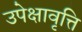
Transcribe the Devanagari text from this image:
उपेक्षावृत्ति